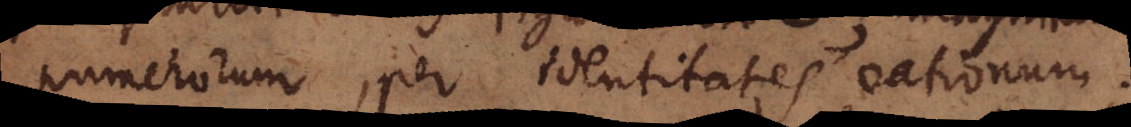
numerorum, per identitates rationum.